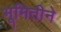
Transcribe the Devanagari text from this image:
भूमितीने